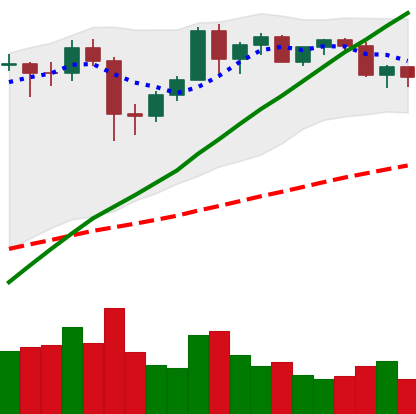
Ticker: BTC-USD
Chart end date: 2020-12-10
Forward return: 6.308%
Label: up_5_7